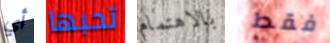
أي تحبها بالاهتمام فقط